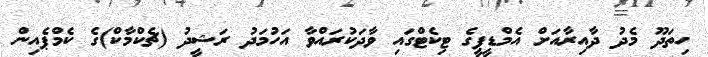
ހިތަދޫ މެދު ދާއިރާއަށް އެމްޑީޕީގެ ޓިކެޓްގައި ވާދަކުރައްވާ އަހުމަދު ރަޝީދު (ޗެކްމާކް)ގެ ކެމްޕެއިން